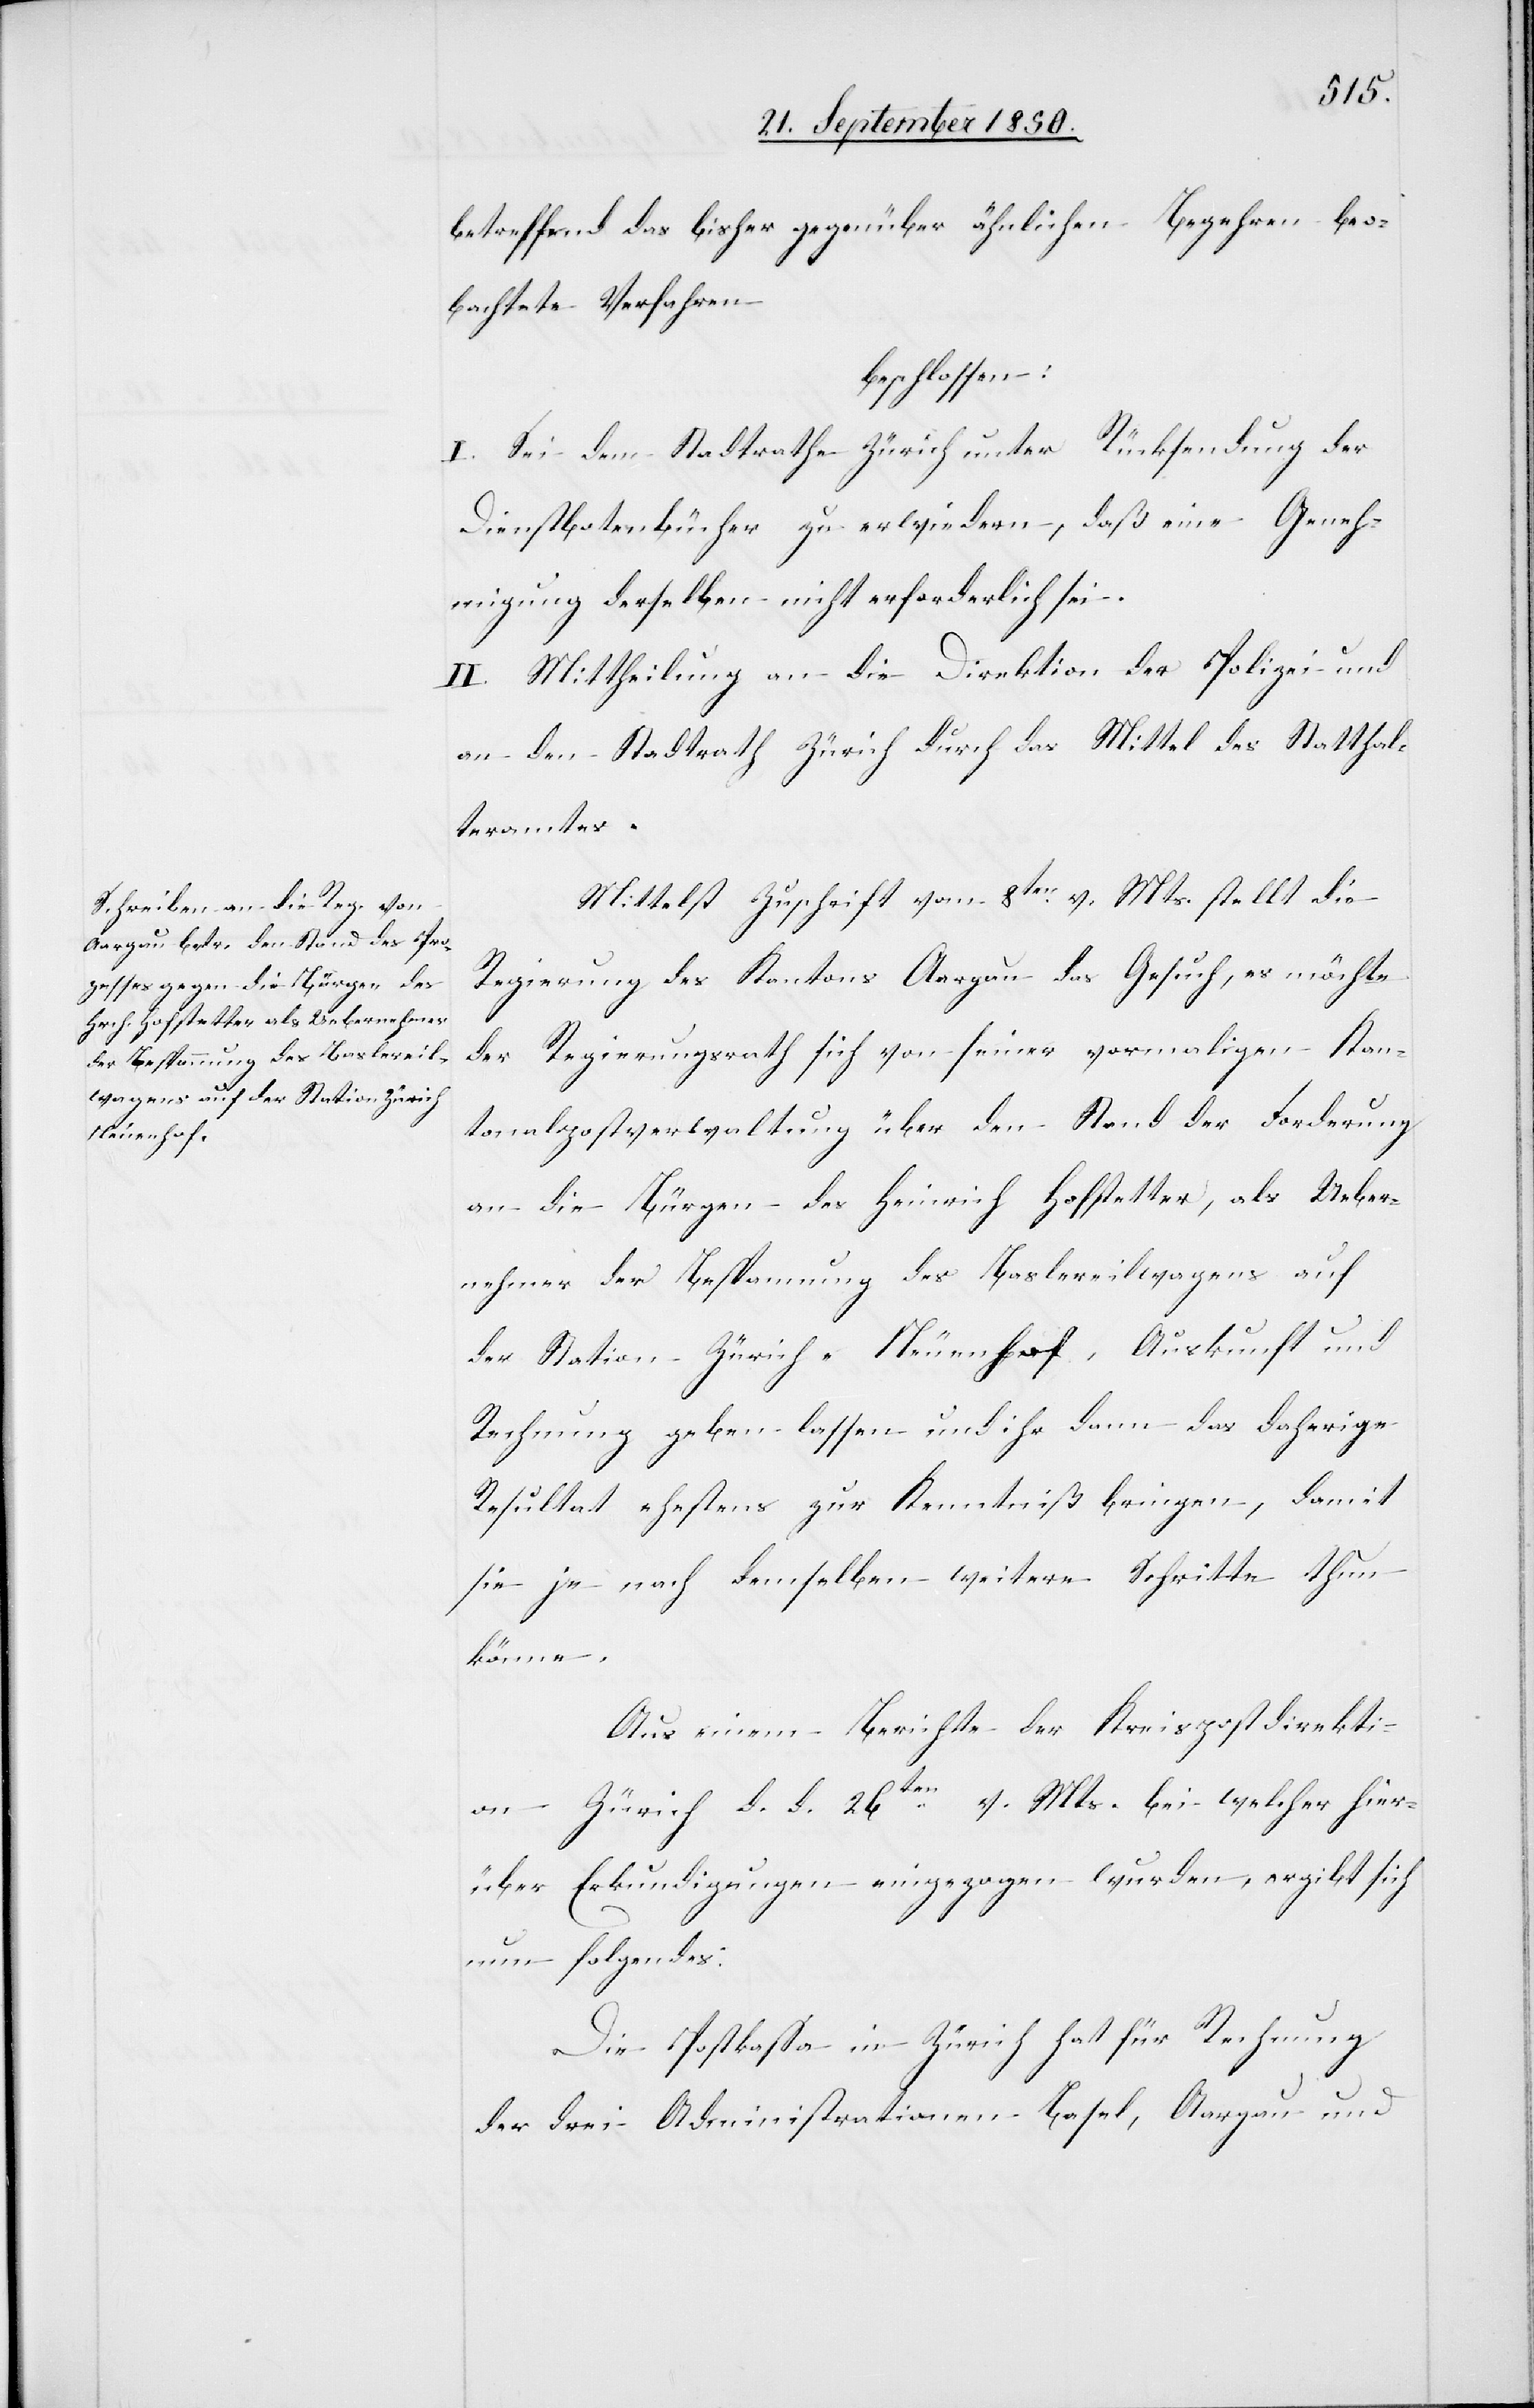
betreffend das bisher gegenüber ähnlichen Begehren beo¬
bachtete Verfahren
beschlossen:
I. Sei dem Stadtrathe Zürich unter Rücksendung der
Dienstbotenbücher zu erwiedern, daß eine Geneh¬
migung derselben nicht erforderlich sei.
II. Mittheilung an die Direktion der Polizei und
an den Stadtrath Zürich durch das Mittel des Statthal¬
teramtes.
Mittelst Zuschrift vom 8ten v. Mts. stellt die
Regierung des Kantons Aargau das Gesuch, es möchte
der Regierungsrath sich von seiner vormaligen Kan¬
tonalpostverwaltung über den Stand der Forderung
an die Bürgen des Heinrich Hofstetter, als Ueber¬
nehmer der Bespannung des Baslereilwagens auf
der Station Zürich- Neuenhof, Auskunft und
Rechnung geben lassen und ihr dann das daherige
Resultat ehestens zur Kenntniß bringen, damit
sie je nach demselben weitere Schritte thun
könne.
Aus einem Berichte der Kreispostdirekti¬
on Zürich d. d. 26ten v. Mts. bei welcher hier¬
über Erkundigungen eingezogen wurden, ergibt sich
nun folgendes:
Die Postkassa in Zürich hat für Rechnung
der drei Administrationen Basel, Aargau und